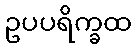
ဥပပရိက္ခထ